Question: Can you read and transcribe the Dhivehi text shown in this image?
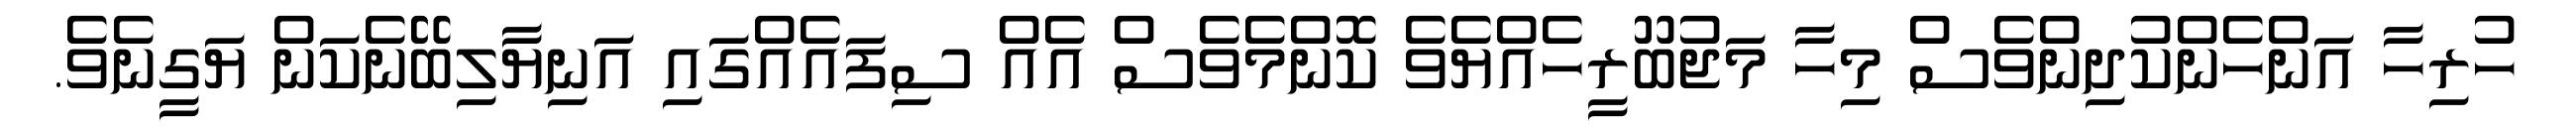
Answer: ހުރިހާ އަންހެންކުދިންވެސް މިހާ މަޖުބޫރީހެއްޔެވެ ކޮންމެވެސް އެއް ސިފައެއްގައި އަނިޔާލިބޭނެކަން ޔަގީނެވެ.